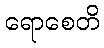
ရောစေတိ